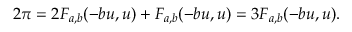
2 \pi = 2 F _ { a , b } ( - b u , u ) + F _ { a , b } ( - b u , u ) = 3 F _ { a , b } ( - b u , u ) .